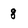
Character: 8